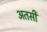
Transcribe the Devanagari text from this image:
अतसी